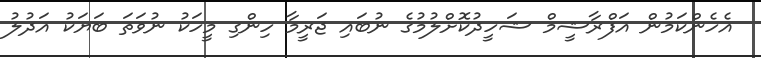
އެހެންކަމުން އަފްރާޝީމް ޝަހީދުކޮށްލުމުގެ ނުބައި ޖަރީމާ ހިންގި މީހަކު ނުވަތަ ބަޔަކު އަދުލު